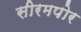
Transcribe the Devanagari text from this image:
सीरमपोर